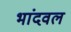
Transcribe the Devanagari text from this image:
भांदवल